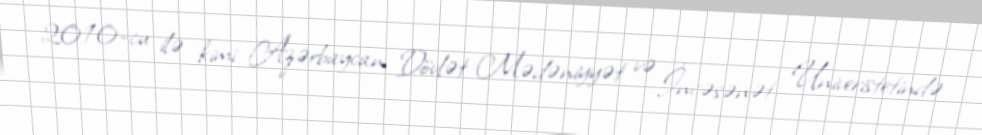
2010-cu ilə kimi Azərbaycan Dövlət Mədəniyyət və İncəsənət Univeristetində